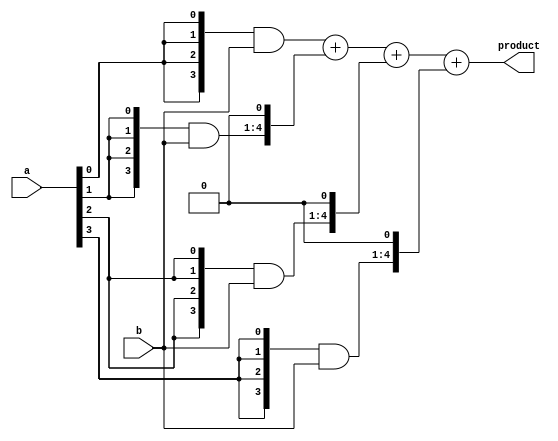
`timescale 1ns / 1ps
//////////////////////////////////////////////////////////////////////////////////
// Company: 
// Engineer: 
// 
// Design Name: 
// Module Name: MULTIPLYER
// Project Name: 
// Target Devices: 
// Tool Versions: 
// Description: 
// 
// Dependencies: 
// 
// Revision:
// Revision 0.01 - File Created
// Additional Comments:
// 
//////////////////////////////////////////////////////////////////////////////////


module MULTIPLYER(
    input [3:0] a,
    input [3:0] b,
    output [7:0] product
    );
    wire [3:0] m0;
    wire [4:0] m1;
    wire [5:0] m2;
    wire [6:0] m3;
    wire [7:0] s1,s2,s3;
    assign m0={4{a[0]}}&b[3:0];
    assign m1={4{a[1]}}&b[3:0];
    assign m2={4{a[2]}}&b[3:0];
    assign m3={4{a[3]}}&b[3:0];
    
    assign s1=m0+(m1<<1);
    assign s2=s1+(m2<<1);
    assign s3=s2+(m3<<1);
    assign product= s3;
endmodule

module testbench;
reg [3:0]a,b;
wire [7:0] product;

    MULTIPLYER dut(a,b,product);
    initial
    begin
    $monitor("a=%b b=%b product=%b",a,b,product);
    
    #100 a[0]=0; a[1]=1; a[2]=1; a[3]=0;
         b[0]=1; b[1]=0; b[2]=1; b[3]=1;
    #200 a[0]=1; a[1]=0; a[2]=1; a[3]=0;
         b[0]=1; b[1]=1; b[2]=0; b[3]=1;
    #300 a[0]=0; a[1]=1; a[2]=0; a[3]=0;
         b[0]=1; b[1]=1; b[2]=0; b[3]=1;
         end
         endmodule